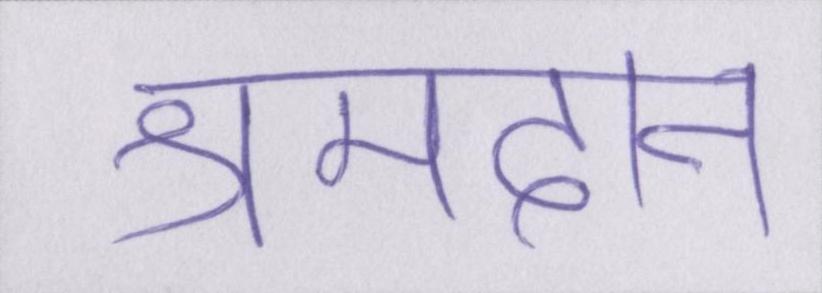
श्रमदान